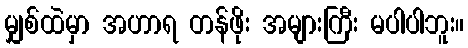
မျှစ်ထဲမှာ အဟာရ တန်ဖိုး အများကြီး မပါပါဘူး။